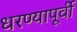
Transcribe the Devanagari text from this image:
धरण्यापूर्वी